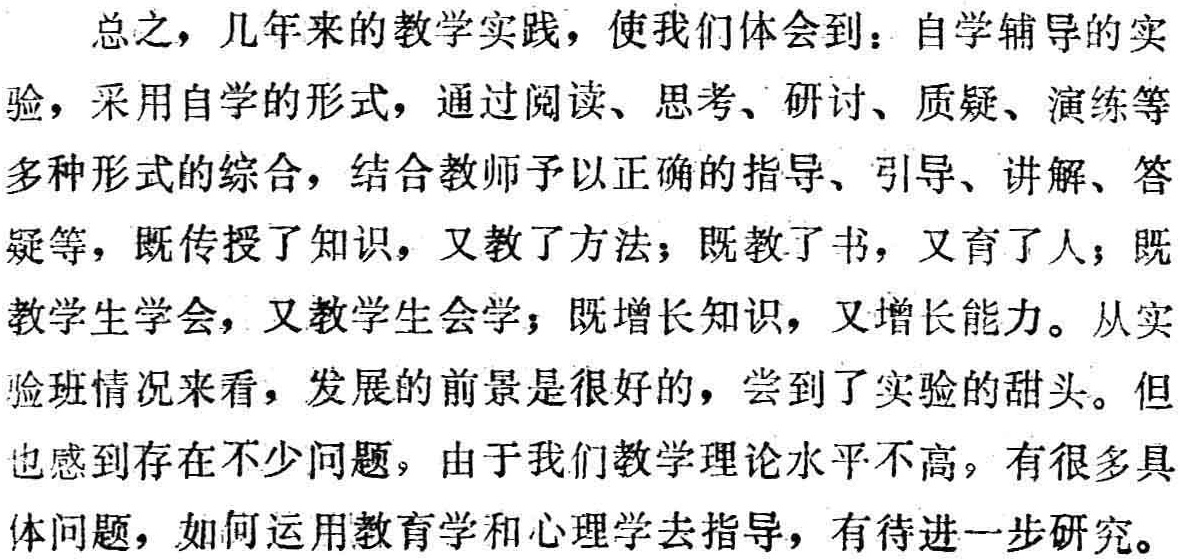
总之，几年来的教学实践，使我们体会到：自学辅导的实验，采用自学的形式，通过阅读、思考、研讨、质疑、演练等多种形式的综合，结合教师予以正确的指导、引导、讲解、答疑等，既传授了知识，又教了方法；既教了书，又育了人；既教学生学会，又教学生会学；既增长知识，又增长能力。从实验班情况来看，发展的前景是很好的，尝到了实验的甜头。但也感到存在不少问题，由于我们教学理论水平不高，有很多具体问题，如何运用教育学和心理学去指导，有待进一步研究。